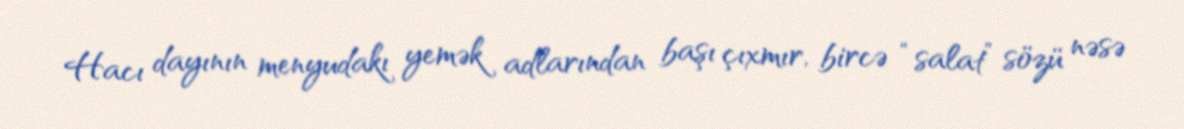
Hacı dayının menyudakı yemək adlarından başı çıxmır, bircə “salat” sözü nəsə